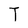
Character: T